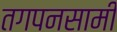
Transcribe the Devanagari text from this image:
तगपनसामी